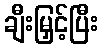
ချီးမြှင့်ပြီး